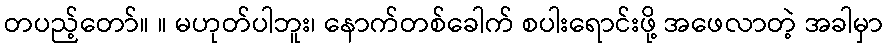
တပည့်တော်။ ။ မဟုတ်ပါဘူး၊ နောက်တစ်ခေါက် စပါးရောင်းဖို့ အဖေလာတဲ့ အခါမှာ